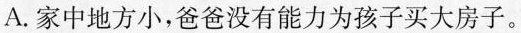
A. 家中地方小，爸爸没有能力为孩子买大房子。